画像に写った文字を読んでください
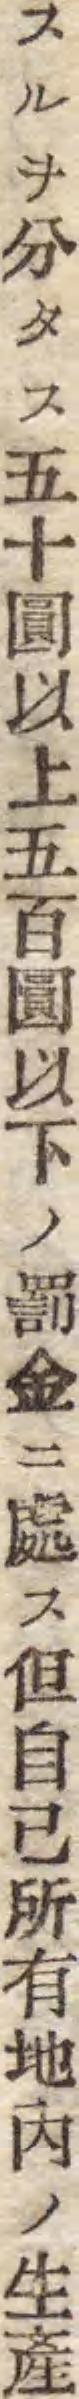
「スルヲ分タス五十圓以上五百圓以下ノ罰金ニ處ス但自己所有地內ノ生產」と書いてあります